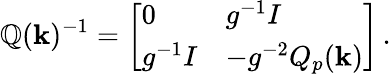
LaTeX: \mathbb{Q}(\mathbf{k})^{-1}=\left[\begin{array}{ll}{0}&{g^{-1}I}\\ {g^{-1}I}&{-g^{-2}Q_{p}(\mathbf k)}\end{array}\right]\, .